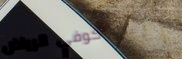
كوفي الرياض